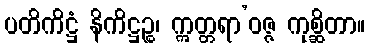
ပတိကိဋ္ဌံ နိကိဋ္ဌဉ္စ၊ ဣတ္တရာ’ဝဇ္ဇ ကုစ္ဆိတာ။